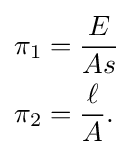
{\begin{aligned}\pi _{1}&={\frac {E}{As}}\\\pi _{2}&={\frac {\ell }{A}}.\end{aligned}}